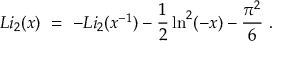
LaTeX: L i _ { 2 } ( x ) \ = \ - L i _ { 2 } ( x ^ { - 1 } ) - { \frac { 1 } { 2 } } \ln ^ { 2 } ( - x ) - { \frac { \pi ^ { 2 } } { 6 } } \ .